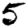
Digit: 5